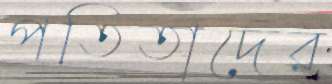
পতিতাদের